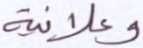
وعلانية